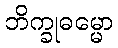
ဘိက္ခုဓမ္မော